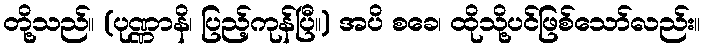
တို့သည်။ (ပုဏ္ဏာနိ၊ ပြည့်ကုန်ပြီ။) အပိ စခေ၊ ထိုသို့ပင်ဖြစ်သော်လည်း။